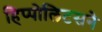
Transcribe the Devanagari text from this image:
हिप्पोलिटसने